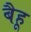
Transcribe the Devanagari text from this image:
बैहू